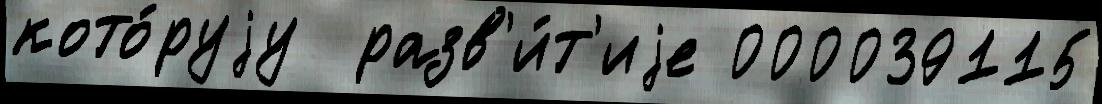
кото́руjу  разв'и́т'иjе 000039115